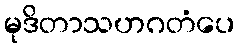
မုဒိတာသဟဂတံပေ